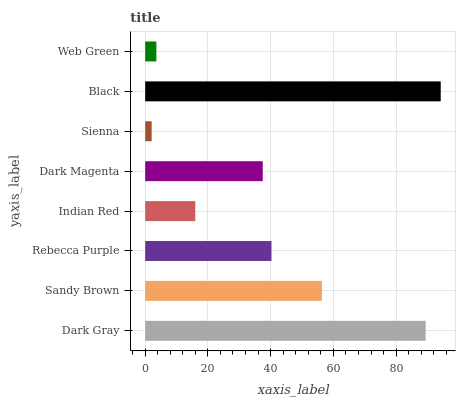
| yaxis_label | bars |
 | --- | --- |
 | Dark Gray | 89.4 |
 | Sandy Brown | 56.3 |
 | Rebecca Purple | 40.3 |
 | Indian Red | 16 |
 | Dark Magenta | 37.5 |
 | Sienna | 2.07 |
 | Black | 94.2 |
 | Web Green | 3.57 |